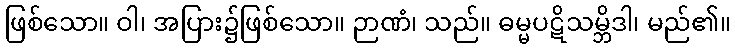
ဖြစ်သော။ ဝါ၊ အပြား၌ဖြစ်သော။ ဉာဏံ၊ သည်။ ဓမ္မပဋိသမ္ဘိဒါ၊ မည်၏။